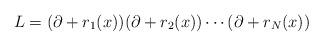
LaTeX: \begin{align*}L=(\partial +r_{1}(x))(\partial+r_{2}(x))\cdots(\partial+r_{N}(x))\end{align*}